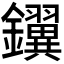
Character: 𫓢